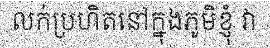
លក់ប្រហិតនៅក្នុងភូមិខ្ញុំ វា